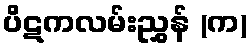
ပိဋကလမ်းညွှန် (က)